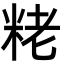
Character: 粩